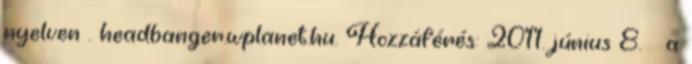
nyelven . headbanger.wplanet.hu. Hozzáférés: 2011. június 8. ↑ a